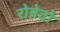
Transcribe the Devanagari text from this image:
रोब्रेदो